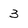
Character: 3